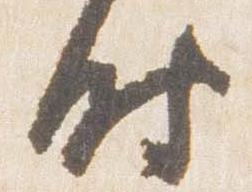
時